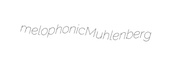
melophonic Muhlenberg